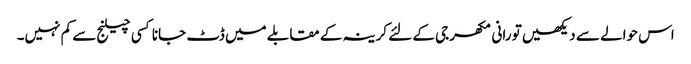
اس حوالے سے دیکھیں تو رانی مکھرجی کے لئے کرینہ کے مقابلے میں ڈٹ جانا کسی چیلنج سے کم نہیں۔